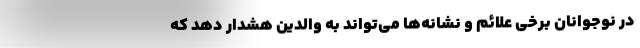
در نوجوانان برخی علائم و نشانه‌ها می‌تواند به والدین هشدار دهد که